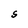
Character: S